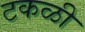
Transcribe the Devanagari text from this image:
टकळी